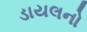
ડાયલનો